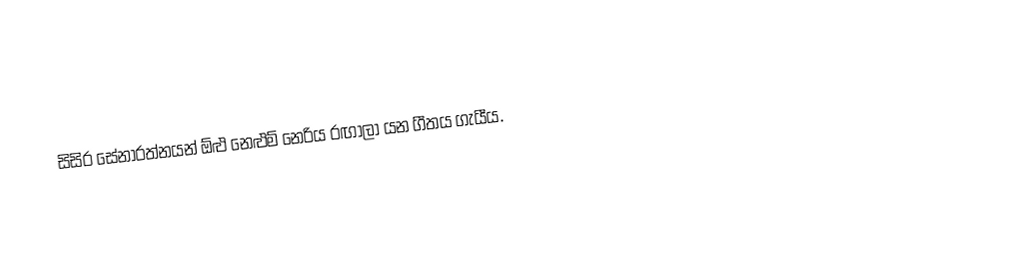
සිසිර සේනාරත්නයන් ඕළු නෙළුම් නෙරිය රඟාලා යන ගීතය ගැයීය.